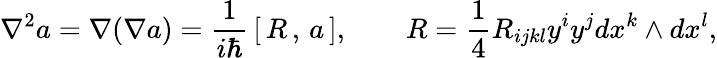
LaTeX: \nabla^{2}a=\nabla(\nabla a)=\frac 1{i\hbar}\, [\, R\, ,\, a\, ],\qquad R=\frac 14R_{ijkl}y^{i}y^{j}dx^{k}\wedge dx^{l},